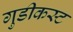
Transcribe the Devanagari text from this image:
गुडीकस्ट